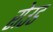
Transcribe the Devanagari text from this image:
रोउड